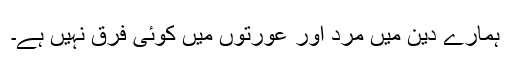
ہمارے دین میں مرد اور عورتوں میں کوئى فرق نہیں ہے۔